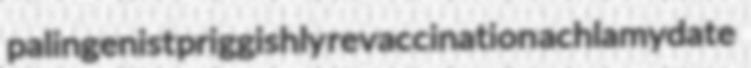
palingenist priggishly revaccination achlamydate